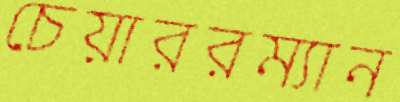
চেয়াররম্যান